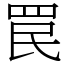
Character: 罠